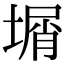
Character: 𡎮